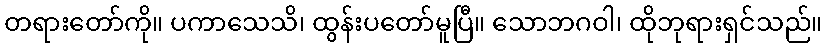
တရားတော်ကို။ ပကာသေသိ၊ ထွန်းပတော်မူပြီ။ သောဘဂဝါ၊ ထိုဘုရားရှင်သည်။